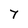
Character: 7